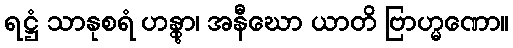
ရဋ္ဌံ သာနုစရံ ဟန္တွာ၊ အနီဃော ယာတိ ဗြာဟ္မဏော။